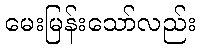
မေးမြန်းသော်လည်း